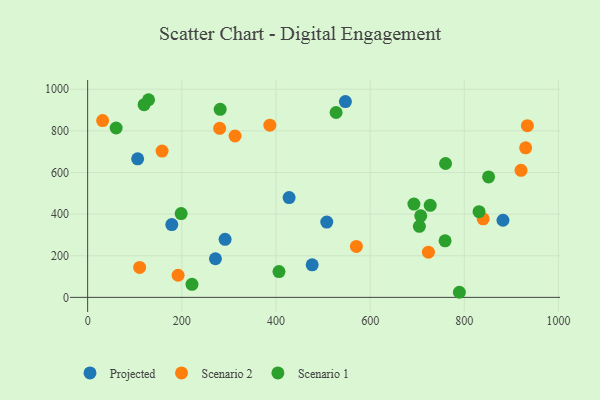
{"axis": {"x": "Study Hours", "y": "Salary"}, "legend": ["Projected", "Scenario 1", "Scenario 2"], "data": [{"x": "882.2", "y": 370.5, "type": "Projected"}, {"x": "178.7", "y": 349.5, "type": "Projected"}, {"x": "271.4", "y": 185.6, "type": "Projected"}, {"x": "547.5", "y": 940.5, "type": "Projected"}, {"x": "106.2", "y": 665.4, "type": "Projected"}, {"x": "507.9", "y": 361.6, "type": "Projected"}, {"x": "476.9", "y": 156.3, "type": "Projected"}, {"x": "427.9", "y": 479.6, "type": "Projected"}, {"x": "291.9", "y": 279.0, "type": "Projected"}, {"x": "313.1", "y": 775.3, "type": "Scenario 2"}, {"x": "31.8", "y": 849.2, "type": "Scenario 2"}, {"x": "387.0", "y": 827.0, "type": "Scenario 2"}, {"x": "570.8", "y": 244.8, "type": "Scenario 2"}, {"x": "934.0", "y": 824.9, "type": "Scenario 2"}, {"x": "723.8", "y": 217.0, "type": "Scenario 2"}, {"x": "930.3", "y": 718.6, "type": "Scenario 2"}, {"x": "920.5", "y": 610.5, "type": "Scenario 2"}, {"x": "280.4", "y": 812.0, "type": "Scenario 2"}, {"x": "158.1", "y": 702.8, "type": "Scenario 2"}, {"x": "192.1", "y": 106.3, "type": "Scenario 2"}, {"x": "110.4", "y": 144.0, "type": "Scenario 2"}, {"x": "840.1", "y": 377.5, "type": "Scenario 2"}, {"x": "851.6", "y": 578.6, "type": "Scenario 1"}, {"x": "527.7", "y": 888.1, "type": "Scenario 1"}, {"x": "704.6", "y": 341.4, "type": "Scenario 1"}, {"x": "119.9", "y": 925.9, "type": "Scenario 1"}, {"x": "129.4", "y": 949.5, "type": "Scenario 1"}, {"x": "707.5", "y": 391.9, "type": "Scenario 1"}, {"x": "406.4", "y": 123.9, "type": "Scenario 1"}, {"x": "60.5", "y": 813.7, "type": "Scenario 1"}, {"x": "789.6", "y": 24.5, "type": "Scenario 1"}, {"x": "693.0", "y": 448.4, "type": "Scenario 1"}, {"x": "759.2", "y": 271.5, "type": "Scenario 1"}, {"x": "727.6", "y": 442.0, "type": "Scenario 1"}, {"x": "281.5", "y": 903.5, "type": "Scenario 1"}, {"x": "198.6", "y": 402.5, "type": "Scenario 1"}, {"x": "760.2", "y": 643.2, "type": "Scenario 1"}, {"x": "221.6", "y": 62.8, "type": "Scenario 1"}, {"x": "831.3", "y": 411.5, "type": "Scenario 1"}]}